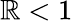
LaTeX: \mathbb{R}<1